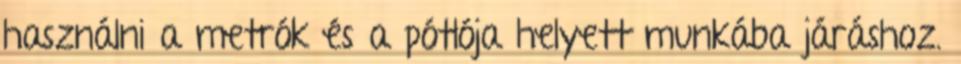
használni a metrók és a pótlója helyett munkába járáshoz.